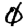
Digit: 0